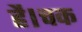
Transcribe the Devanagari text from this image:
है।चक